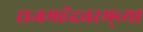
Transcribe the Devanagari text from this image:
राजमहेंद्रवरम्‌च्या